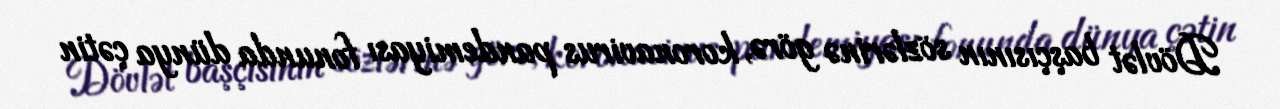
Dövlət başçısının sözlərinə görə, koronavirus pandemiyası fonunda dünya çətin